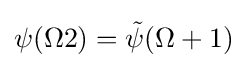
\psi (\Omega 2)={\tilde {\psi }}(\Omega +1)